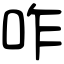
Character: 咋